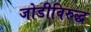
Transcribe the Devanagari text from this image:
जोडीविरुद्ध